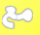
مع